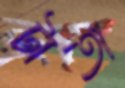
টাতা